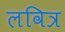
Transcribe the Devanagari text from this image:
लवित्र